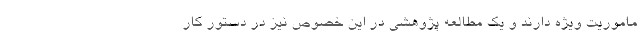
ماموریت ویژه دارند و یک مطالعه پژوهشی در این خصوص نیز در دستور کار